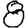
Digit: 8